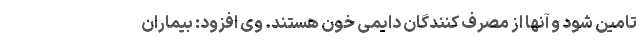
تامین شود و آنها از مصرف کنندگان دایمی خون هستند. وی افزود: بیماران